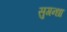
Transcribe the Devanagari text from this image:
सुगन्धा